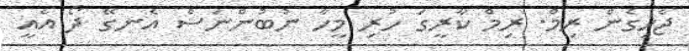
ޖެހިގެން ރިމް. ރިމް ކާރީގަ ހުރި މީހާ ނުބުންނަސް އެނގޭ ދޯ އެއީ